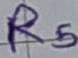
Text: R5